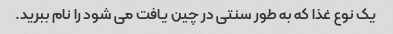
یک نوع غذا که به طور سنتی در چین یافت می شود را نام ببرید.